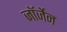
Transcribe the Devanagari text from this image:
जॉर्जेन